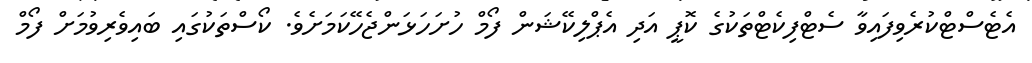
އެޓެސްޓްކުރެވިފައިވާ ސެޓްފިކެޓްތަކުގެ ކޮޕީ އަދި އެޕްލިކޭޝަން ފޯމް ހުށަހަޅަންޖެހޭކަމަށެވެ. ކޯސްތަކުގައި ބައިވެރިވުމަށް ފޯމް